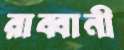
রাব্বানী